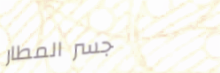
جسر المطار